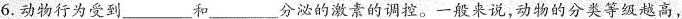
6.动物行为受到___和___分泌的激素的调控。一般来说，动物的分类等级越高，